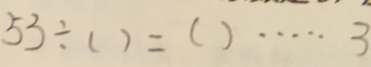
5 3 \div ( ) = ( ) \cdots 3